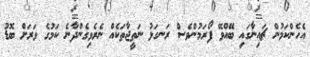
އެހެންކަމުން ޗައިނާގައި ބޭއްވޭ ފޯރަމުންވެސް ރަނގަޅު ނަތީޖާތަކެއް ނެރެވިގެންދާނެ ކަމުގެ ވަރަށް ބޮޑު